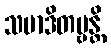
သမာဒိတဗ္ဗန္တိ